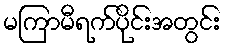
မကြာမီရက်ပိုင်းအတွင်း